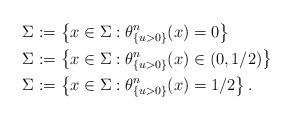
LaTeX: \begin{align*}\Sigma_{} & := \left\{x \in \Sigma: \theta^n_{\{u>0\}}(x) =0\right\}\\\Sigma_{} & := \left\{x \in \Sigma : \theta^n_{\{u>0\}}(x) \in (0, 1/2)\right\}\\ \Sigma_{} & := \left\{x \in \Sigma : \theta^n_{\{u>0\}}(x)=1/2\right\}.\end{align*}